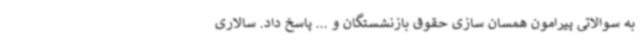
به سوالاتی پیرامون همسان سازی حقوق بازنشستگان و ... پاسخ داد. سالاری